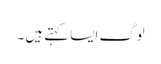
لوگ ایسا کہتے ہیں ۔